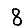
Digit: 8